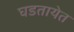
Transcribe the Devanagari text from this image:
घडतायेत